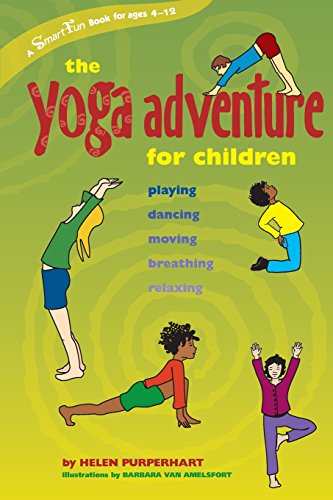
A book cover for The Yoga Adventure for Children: Playing, Dancing, Moving, Breathing, Relaxing (Hunter House Smartfun Book); Helen Purperhart; Health, Fitness & Dieting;